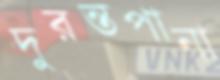
দুরন্তপানা